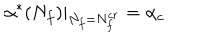
\alpha ^ { * } ( N _ { f } ) \left. \right| _ { N _ { f } = N _ { f } ^ { c r } } = \alpha _ { c }